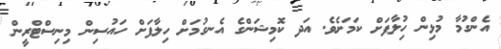
އެންގުމާ މުޅިން ހުިލާފަށް ކަމަށެވެ. އަދ ކޮމިޝަންގެ އެނގުމަށް ހިލާފަށް ހައުސިން މިނިސްޓްރީން